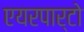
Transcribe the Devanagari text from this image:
एयरपार्टो